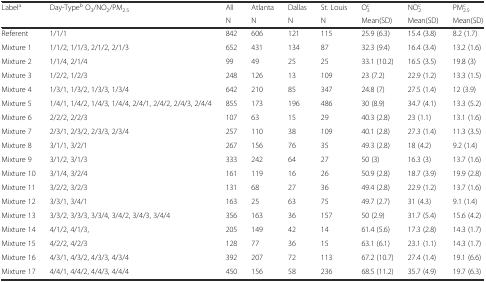
<table><thead><tr><td rowspan="2"><b>Label<sup>a</sup></b></td><td rowspan="2"><b>Day-Type<sup>b</sup> O<sub>3</sub>/NO<sub>2</sub>/PM<sub>2.5</sub></b></td><td><b>All</b></td><td><b>Atlanta</b></td><td><b>Dallas</b></td><td><b>St. Louis</b></td><td><b>O<sub>3</sub><sup>c</sup></b></td><td><b>NO<sub>2</sub><sup>c</sup></b></td><td><b>PM<sub>2.5</sub><sup>c</sup></b></td></tr><tr><td><b>N</b></td><td><b>N</b></td><td><b>N</b></td><td><b>N</b></td><td><b>Mean(SD)</b></td><td><b>Mean(SD)</b></td><td><b>Mean(SD)</b></td></tr></thead><tbody><tr><td>Referent</td><td>1/1/1</td><td>842</td><td>606</td><td>121</td><td>115</td><td>25.9 (6.3)</td><td>15.4 (3.8)</td><td>8.2 (1.7)</td></tr><tr><td>Mixture 1</td><td>1/1/2, 1/1/3, 2/1/2, 2/1/3</td><td>652</td><td>431</td><td>134</td><td>87</td><td>32.3 (9.4)</td><td>16.4 (3.4)</td><td>13.2 (1.6)</td></tr><tr><td>Mixture 2</td><td>1/1/4, 2/1/4</td><td>99</td><td>49</td><td>25</td><td>25</td><td>33.1 (10.2)</td><td>16.5 (3.5)</td><td>19.8 (3)</td></tr><tr><td>Mixture 3</td><td>1/2/2, 1/2/3</td><td>248</td><td>126</td><td>13</td><td>109</td><td>23 (7.2)</td><td>22.9 (1.2)</td><td>13.3 (1.5)</td></tr><tr><td>Mixture 4</td><td>1/3/1, 1/3/2, 1/3/3, 1/3/4</td><td>642</td><td>210</td><td>85</td><td>347</td><td>24.8 (7)</td><td>27.5 (1.4)</td><td>12 (3.9)</td></tr><tr><td>Mixture 5</td><td>1/4/1, 1/4/2, 1/4/3, 1/4/4, 2/4/1, 2/4/2, 2/4/3, 2/4/4</td><td>855</td><td>173</td><td>196</td><td>486</td><td>30 (8.9)</td><td>34.7 (4.1)</td><td>13.3 (5.2)</td></tr><tr><td>Mixture 6</td><td>2/2/2, 2/2/3</td><td>107</td><td>63</td><td>15</td><td>29</td><td>40.3 (2.8)</td><td>23 (1.1)</td><td>13.1 (1.6)</td></tr><tr><td>Mixture 7</td><td>2/3/1, 2/3/2, 2/3/3, 2/3/4</td><td>257</td><td>110</td><td>38</td><td>109</td><td>40.1 (2.8)</td><td>27.3 (1.4)</td><td>11.3 (3.5)</td></tr><tr><td>Mixture 8</td><td>3/1/1, 3/2/1</td><td>267</td><td>156</td><td>76</td><td>35</td><td>49.3 (2.8)</td><td>18 (4.2)</td><td>9.2 (1.4)</td></tr><tr><td>Mixture 9</td><td>3/1/2, 3/1/3</td><td>333</td><td>242</td><td>64</td><td>27</td><td>50 (3)</td><td>16.3 (3)</td><td>13.7 (1.6)</td></tr><tr><td>Mixture 10</td><td>3/1/4, 3/2/4</td><td>161</td><td>119</td><td>16</td><td>26</td><td>50.9 (2.8)</td><td>18.7 (3.9)</td><td>19.9 (2.8)</td></tr><tr><td>Mixture 11</td><td>3/2/2, 3/2/3</td><td>131</td><td>68</td><td>27</td><td>36</td><td>49.4 (2.8)</td><td>22.9 (1.2)</td><td>13.7 (1.6)</td></tr><tr><td>Mixture 12</td><td>3/3/1, 3/4/1</td><td>163</td><td>25</td><td>63</td><td>75</td><td>49.7 (2.7)</td><td>31 (4.3)</td><td>9.1 (1.4)</td></tr><tr><td>Mixture 13</td><td>3/3/2, 3/3/3, 3/3/4, 3/4/2, 3/4/3, 3/4/4</td><td>356</td><td>163</td><td>36</td><td>157</td><td>50 (2.9)</td><td>31.7 (5.4)</td><td>15.6 (4.2)</td></tr><tr><td>Mixture 14</td><td>4/1/2, 4/1/3,</td><td>205</td><td>149</td><td>42</td><td>14</td><td>61.4 (5.6)</td><td>17.3 (2.8)</td><td>14.3 (1.7)</td></tr><tr><td>Mixture 15</td><td>4/2/2, 4/2/3</td><td>128</td><td>77</td><td>36</td><td>15</td><td>63.1 (6.1)</td><td>23.1 (1.1)</td><td>14.3 (1.7)</td></tr><tr><td>Mixture 16</td><td>4/3/1, 4/3/2, 4/3/3, 4/3/4</td><td>392</td><td>207</td><td>72</td><td>113</td><td>67.2 (10.7)</td><td>27.4 (1.4)</td><td>19.1 (6.6)</td></tr><tr><td>Mixture 17</td><td>4/4/1, 4/4/2, 4/4/3, 4/4/4</td><td>450</td><td>156</td><td>58</td><td>236</td><td>68.5 (11.2)</td><td>35.7 (4.9)</td><td>19.7 (6.3)</td></tr></tbody></table>